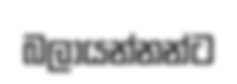
බලායන්නන්ට